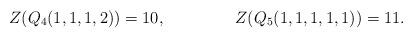
LaTeX: \begin{align*} Z(Q_4(1,1,1,2))&=10,& Z(Q_5(1,1,1,1,1))&=11. \end{align*}